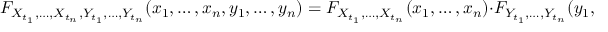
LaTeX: F _ { X _ { t _ { 1 } } , \ldots , X _ { t _ { n } } , Y _ { t _ { 1 } } , \ldots , Y _ { t _ { n } } } ( x _ { 1 } , \ldots , x _ { n } , y _ { 1 } , \ldots , y _ { n } ) = F _ { X _ { t _ { 1 } } , \ldots , X _ { t _ { n } } } ( x _ { 1 } , \ldots , x _ { n } ) \cdot F _ { Y _ { t _ { 1 } } , \ldots , Y _ { t _ { n } } } ( y _ { 1 } , \ldots , y _ { n } ) \quad { \mathrm { f o r ~ a l l ~ } } x _ { 1 } , \ldots , x _ { n }